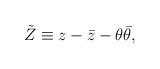
LaTeX: \begin{align*} \tilde{Z} \equiv z - \bar{z} - \theta \bar{\theta },\end{align*}